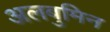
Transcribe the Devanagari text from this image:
अलबुमिन